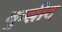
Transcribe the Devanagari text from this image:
कुसीदं